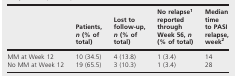
|  | Patients, n (% of total) | Lost to follow-up, n (% of total) | No relapse1 reported through Week 56, n (% of total) | Median time to PASI relapse, week2 |
 | --- | --- | --- | --- | --- |
 | MM at Week 12 | 10 (34.5) | 4 (13.8) | 1 (3.4) | 14 |
 | No MM at Week 12 | 19 (65.5) | 3 (10.3) | 1 (3.4) | 28 |